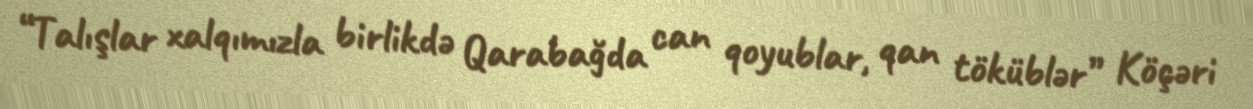
“Talışlar xalqımızla birlikdə Qarabağda can qoyublar, qan töküblər” Köçəri